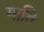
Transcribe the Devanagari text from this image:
गाति